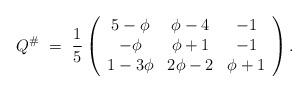
LaTeX: \begin{align*} Q^{\#} \ = \ \frac 15 \left ( \begin{array} {ccc} 5-\phi & \phi -4 & -1 \\ -\phi & \phi+1 & -1 \\1-3\phi & 2\phi -2 & \phi +1 \end{array}\right).\end{align*}